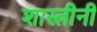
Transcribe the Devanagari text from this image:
शास्त्रीनी